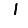
Digit: 1